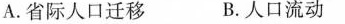
A.省际人口迁移 B.人口流动